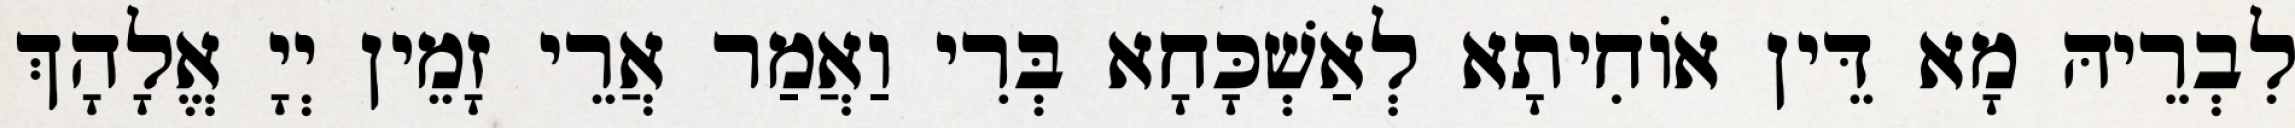
לִבְרֵיהּ מָא דֵּין אוֹחִיתָא לְאַשְׁכָּחָא בְּרִי וַאֲמַר אֲרֵי זָמֵין יְיָ אֱלָהָךְ